King Institute of Preventive Medicine Bacteriolog. Section reports 1907-08
Year: 1907
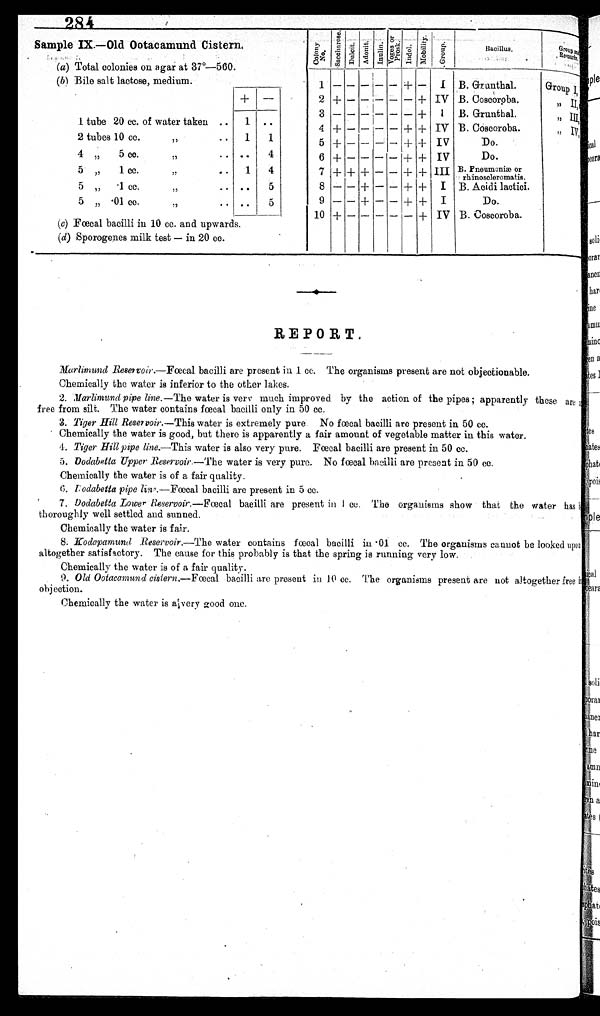
284
Sample ILOld Ootacamund Cistern
(a) Total colonies on agar at 37°-560.
( b) Bile salt lactose, medium.
+ -
1 tube 20 cc. of water taken
.. 1 ..
2 tubes 10 cc.
. .
1
1
4 ,, 5 cc.
. .
. .
4
5 , , 1 c c .
. .
1 4
5 „
1 cc ..
..
..
5
5 „ . 01 cc.
(e) Fœcal bacilli in 10 cc. and upwards.
(d) Sporogenes milk test — in 20 cc.
—
C o l o n y
N o .
saccherose. Dulcit.
a d o n i t .
Inulin. Voges or pr os k.
I n d o l .
M o b i l i t y .
G r o u p .
Bacillus.
G r o u p a n d
R e m a r k s
-
—
+
+
+
+
+
+
+
+
+
1
2 3
4
5
6
7
8
9
10
—
+
—
+
+
+
+
—
— +
—
—
—
—
—
—
— + — — —
—
—
— —
—
— + + + —
—
—
—
—
— —
—
— + —
—
— — — — — — —
—
—
+ —
—
+
+
+
+ + + —
I
IV
I
IV
IV
IV
III
I
I
IV
B. Grunthal.
B. Coscoroba.
B. Grunthal.
B. Coscoroba.
Do.
Do.
B. Pneumonia or
rhinoscleromatis.
B. Acidi lactici.
Do.
B. Coscoroba.
Group I
II,
ID, ,
I V
I
REPORT.
Marlimund Reservoir.—Fœcal bacilli are present in 1 cc. The organisms present are not objectionable.
Chemically the water is inferior to the other lakes.
2.
Marlimund pipe line.— The water is ver y much improved. by the action of the pipes; apparently these are
free from silt. The water contains fœcal bacilli only in 50 cc.
3. Tiger Hill Reservoir.—
water is extremely pure. No fœcal bacilli are present in 50 cc.
Chemically the water is good, but there is apparently a fair amount of vegetable matter in this water.
4. Tiger Hill pipe line.—This water is also very pure. Faecal bacilli are present in 50 cc.
5. Dodabetta Upper Reservoir—The water is very pure. No fœcal bacilli are present in 50 cc.
Chemically the water is of a fair quality.
odabetta pipe line.—Fœcal bacilli are present in 5 cc.
7. Dodabetta Lower Reservoir.—Fœcal baeilli are present in I cc. The organisms show that the water has
thoroughly well settled and sunned.
Chemically the water is fair.
8.
Kodapamund Reservoir.—The water contains fœcal bacilli in 01 cc. The organisms cannot be looked upon
altogether satisfactory. The cause for this probably is that the spring is running very low.
Chemically the water is of a fair quality.
9. Old Ootacamund cistern.--Fœcal bacilli are present in 10 cc. The organisms present are not altogether free
objection.
Chemically the water is a very good one.